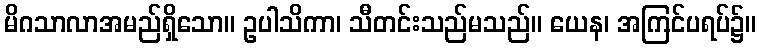
မိဂသာလာအမည်ရှိသော။ ဥပါသိကာ၊ သီတင်းသည်မသည်။ ယေန၊ အကြင်ပရပ်၌။